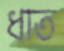
ধাত